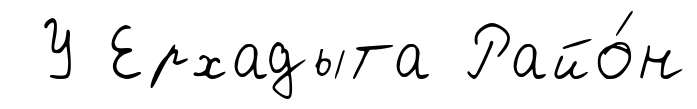
У Ерхадыта Райо́н